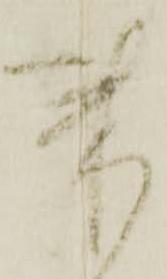
来